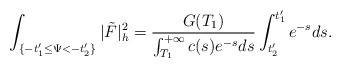
\begin{align*}\int_{\{-t'_1\le\Psi<-t'_2\}}|\tilde{F}|^2_h=\frac{G(T_1)}{\int_{T_1}^{+\infty}c(s)e^{-s}ds}\int_{t'_2}^{t'_1}e^{-s}ds.\end{align*}